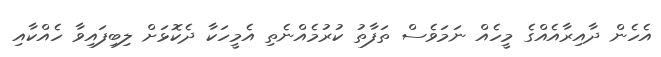
އެހެން ދާއިރާއެއްގެ މީހެއް ނަމަވެސް ތަފާތު ކުރުމެއްނެތި އެމީހަކާ ދެކޮޅަށް ލިބިފައިވާ ހެއްކާއި